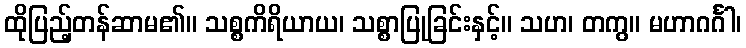
ထိုပြည့်တန်ဆာမ၏။ သစ္စကိရိယာယ၊ သစ္စာပြုခြင်းနှင့်။ သဟ၊ တကွ။ မဟာဂင်္ဂါ၊